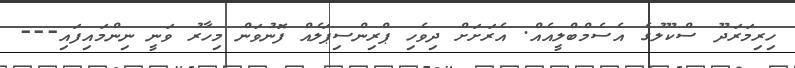
ހިރިމަރަދޫ ސްކޫލުގެ އެސެމްބްލީއެއް. އެރަށަށް ދިވެހި ޕްރިންސިޕަލެއް ފޮނުވަން މިހާރު ވަނީ ނިންމައިފައި---